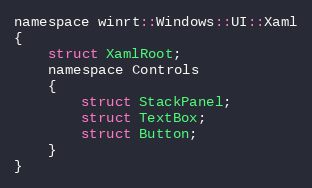
Language: C
namespace winrt::Windows::UI::Xaml
{
    struct XamlRoot;
    namespace Controls
    {
        struct StackPanel;
        struct TextBox;
        struct Button;
    }
}